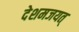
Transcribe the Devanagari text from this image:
देशमजयत्